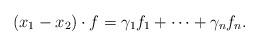
LaTeX: \begin{align*} (x_1-x_2)\cdot f = \gamma_1f_1 + \dots + \gamma_nf_n. \end{align*}